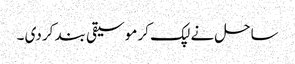
ساحل نے لپک کر موسیقی بند کر دی ۔